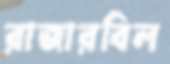
রাজারবিল